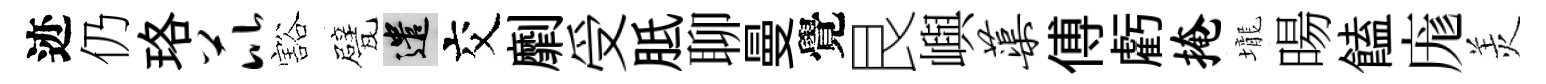
迹仍珞芘豁甓遣交劘受胝聊曼覺艮嶼蕖傅虧掩壠暘饁庬羙